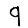
Digit: 9